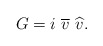
\begin{align*}G=i\ \overline{v}\ \widehat{v}.\end{align*}